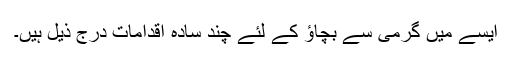
ایسے میں گرمی سے بچاؤ کے لئے چند سادہ اقدامات درج ذیل ہیں۔